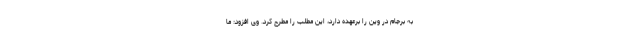
به برجام در وین را برعهده دارد، این مطلب را مطرح کرد. وی افزود: ما